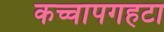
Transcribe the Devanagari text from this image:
कच्चापगहटा